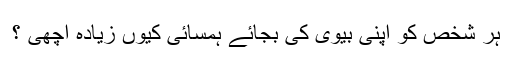
ہر شخص کو اپنی بیوی کی بجائے ہمسائی کیوں زیادہ اچھی ؟